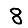
Digit: 8